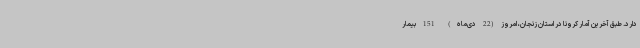
دارد. طبق آخرین آمار کرونا در استان زنجان، امروز (22 دی‌ماه) 151 بیمار